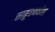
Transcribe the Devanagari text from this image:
साकूरमधील